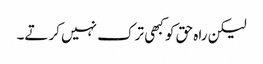
لیکن راہ حق کو کبھی ترک نہیں کرتے۔